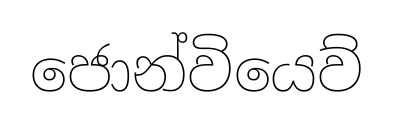
ජොන්වියෙව්